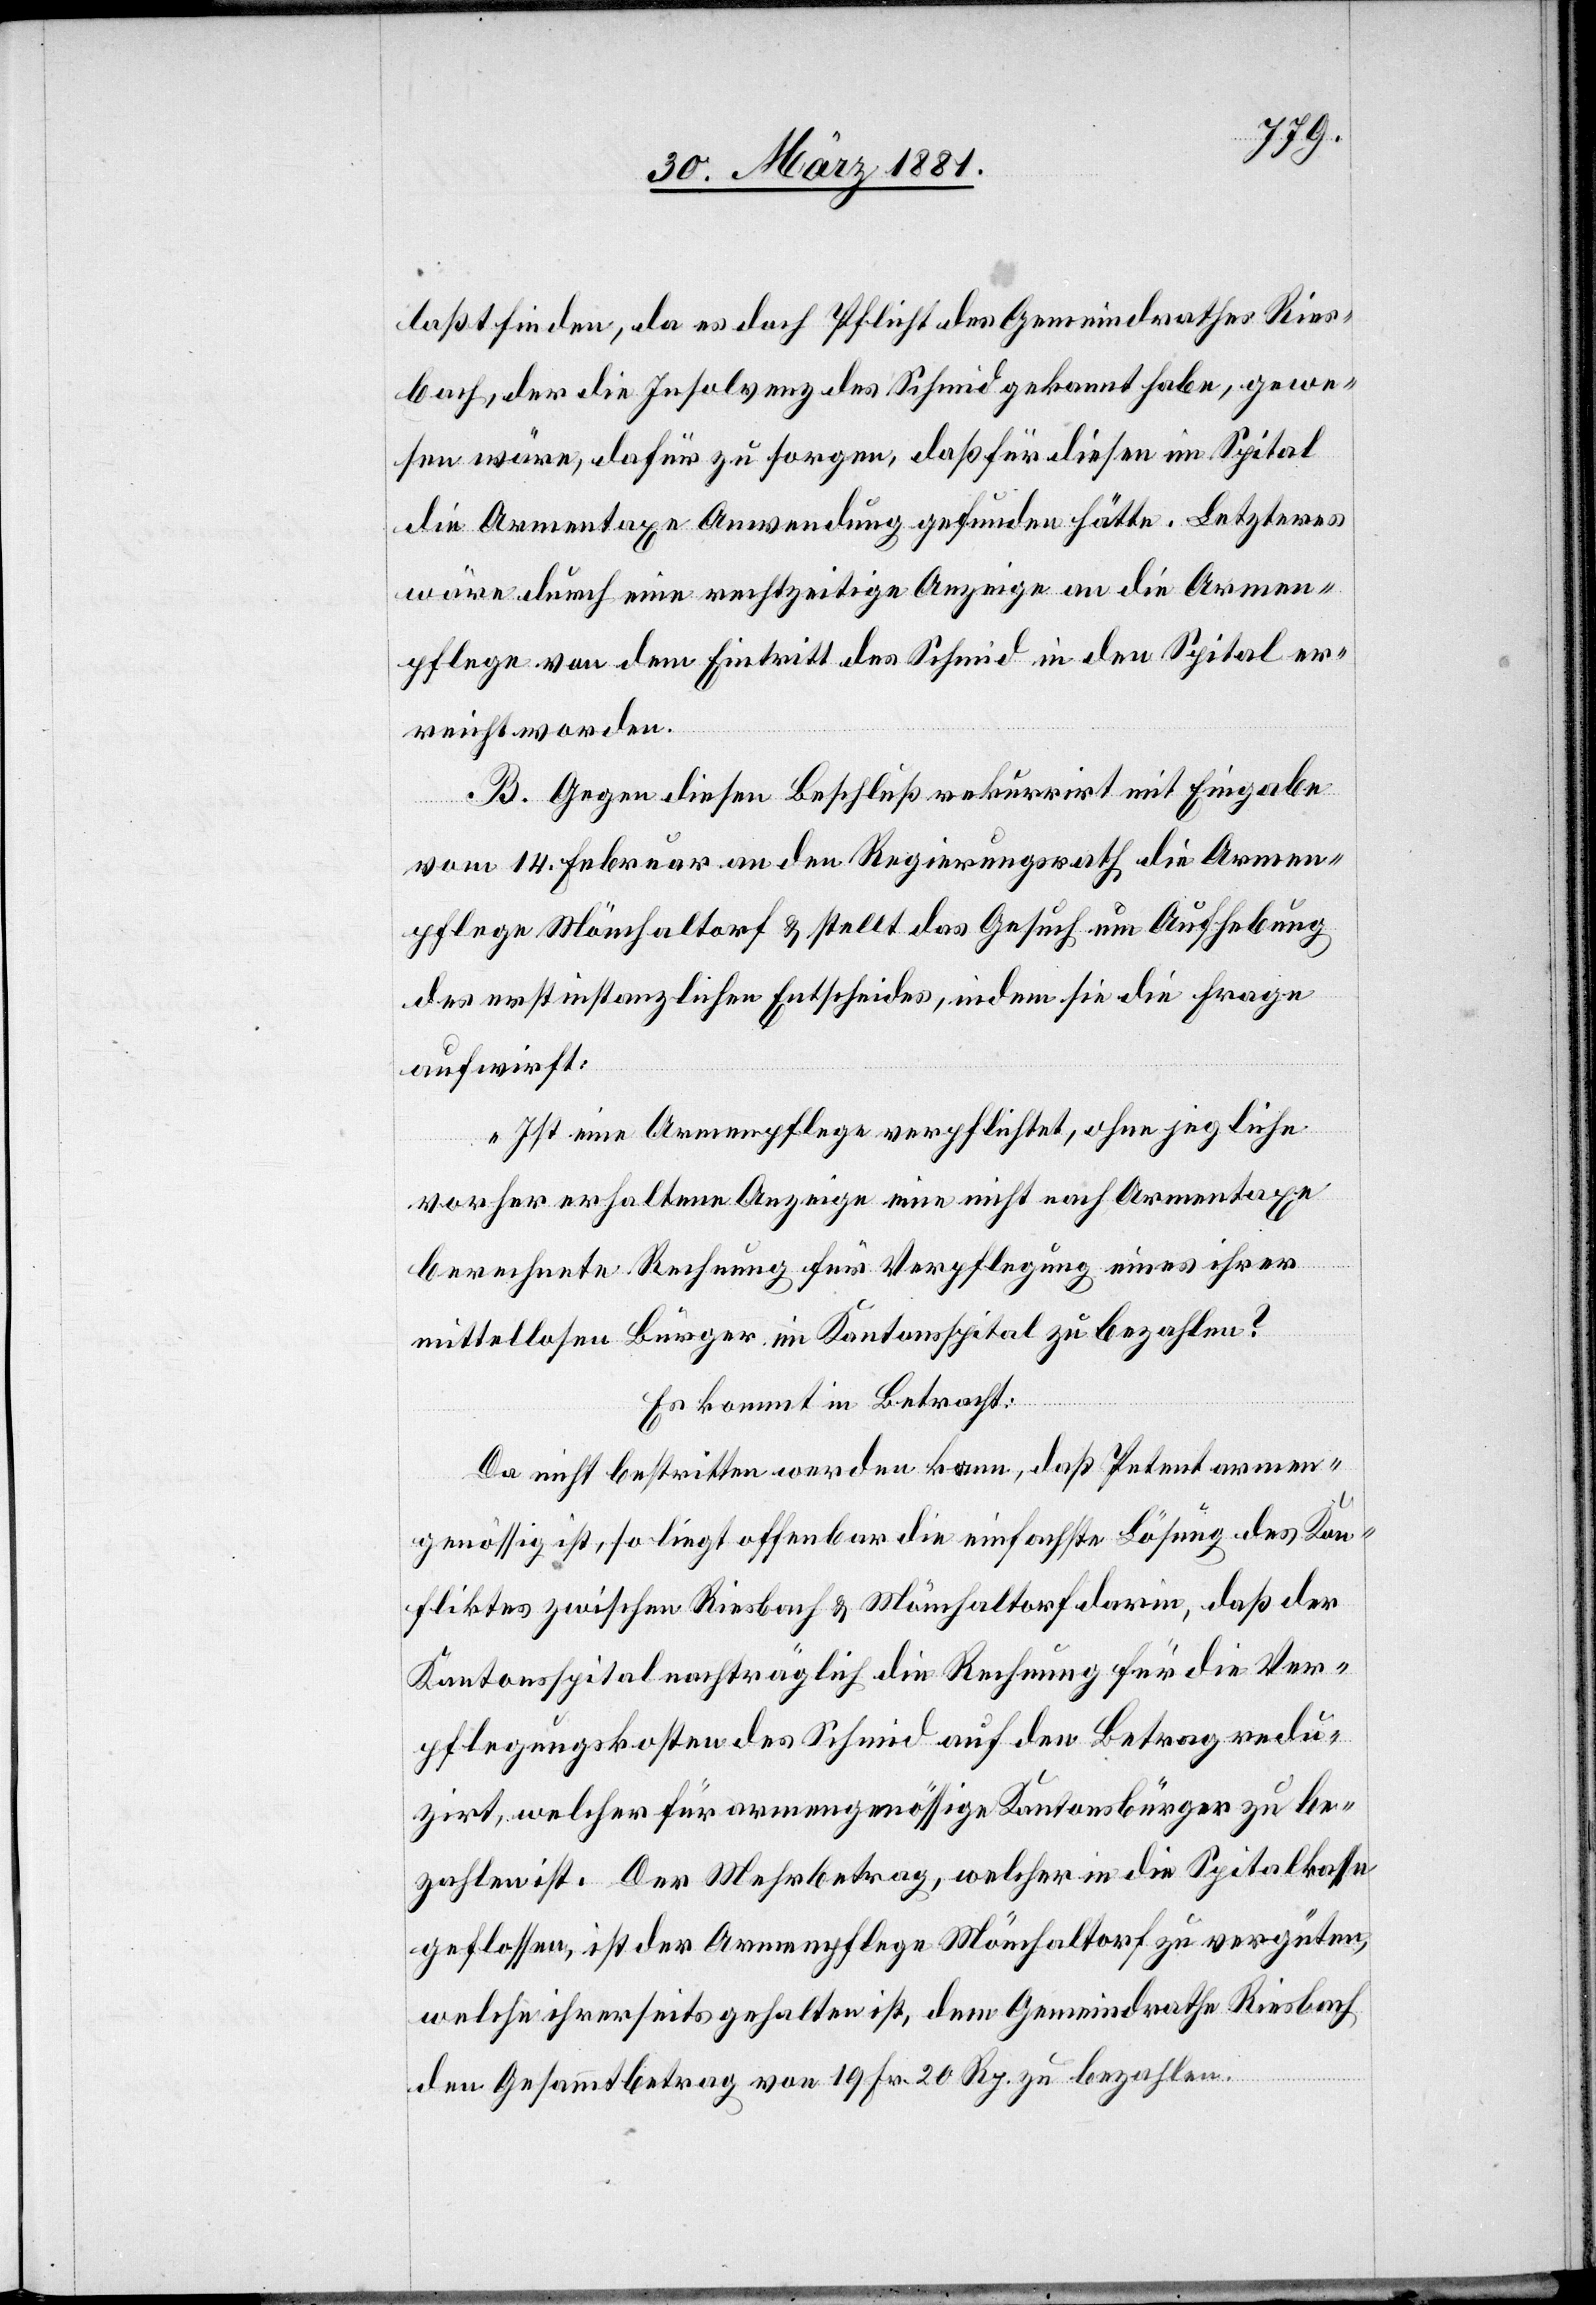
laßt finden, da es doch Pflicht des Gemeindrathes Ries¬
bach, der die Insolvenz des Schmid gekannt habe, gewe¬
sen wäre, dafür zu sorgen, daß für diesen im Spital
die Armentaxe Anwendung gefunden hätte. Letzteres
wäre durch eine rechtzeitige Anzeige an die Armen¬
pflege von dem Eintritt des Schmid in den Spital er¬
reicht worden.
B. Gegen diesen Beschluß rekurrirt mit Eingabe
vom 14. Februar an den Regierungsrath die Armen¬
pflege Mönchaltorf & stellt das Gesuch um Aufhebung
des erstinstanzlichen Entscheides, indem sie die Frage
aufwirft:
„Ist eine Armenpflege verpflichtet, ohne jegliche
vorher erhaltene Anzeige eine nicht nach Armentaxe
berechnete Rechnung für Verpflegung eines ihrer
mittellosen Bürger im Kantonsspital zu bezahlen?“
Es kommt in Betracht:
Da nicht bestritten werden kann, daß Petent armen¬
genössig ist, so liegt offenbar die einfache Lösung des Kon¬
fliktes zwischen Riesbach & Mönchaltorf darin, daß der
Kantonsspital nachträglich die Rechnung für die Ver¬
pflegungskosten des Schmid auf den Betrag redu¬
zirt, welcher für armengenössige Kantonsbürger zu be¬
zahlen ist. Der Mehrbetrag, welcher in die Spitalkasse
geflossen, ist der Armenpflege Mönchaltorf zu vergüten,
welche ihrerseits gehalten ist, dem Gemeindrathe Riesbach
den Gesammtbetrag von 19 Fr. 20 Rp. zu bezahlen.